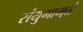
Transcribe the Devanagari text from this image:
संयुगामुळे